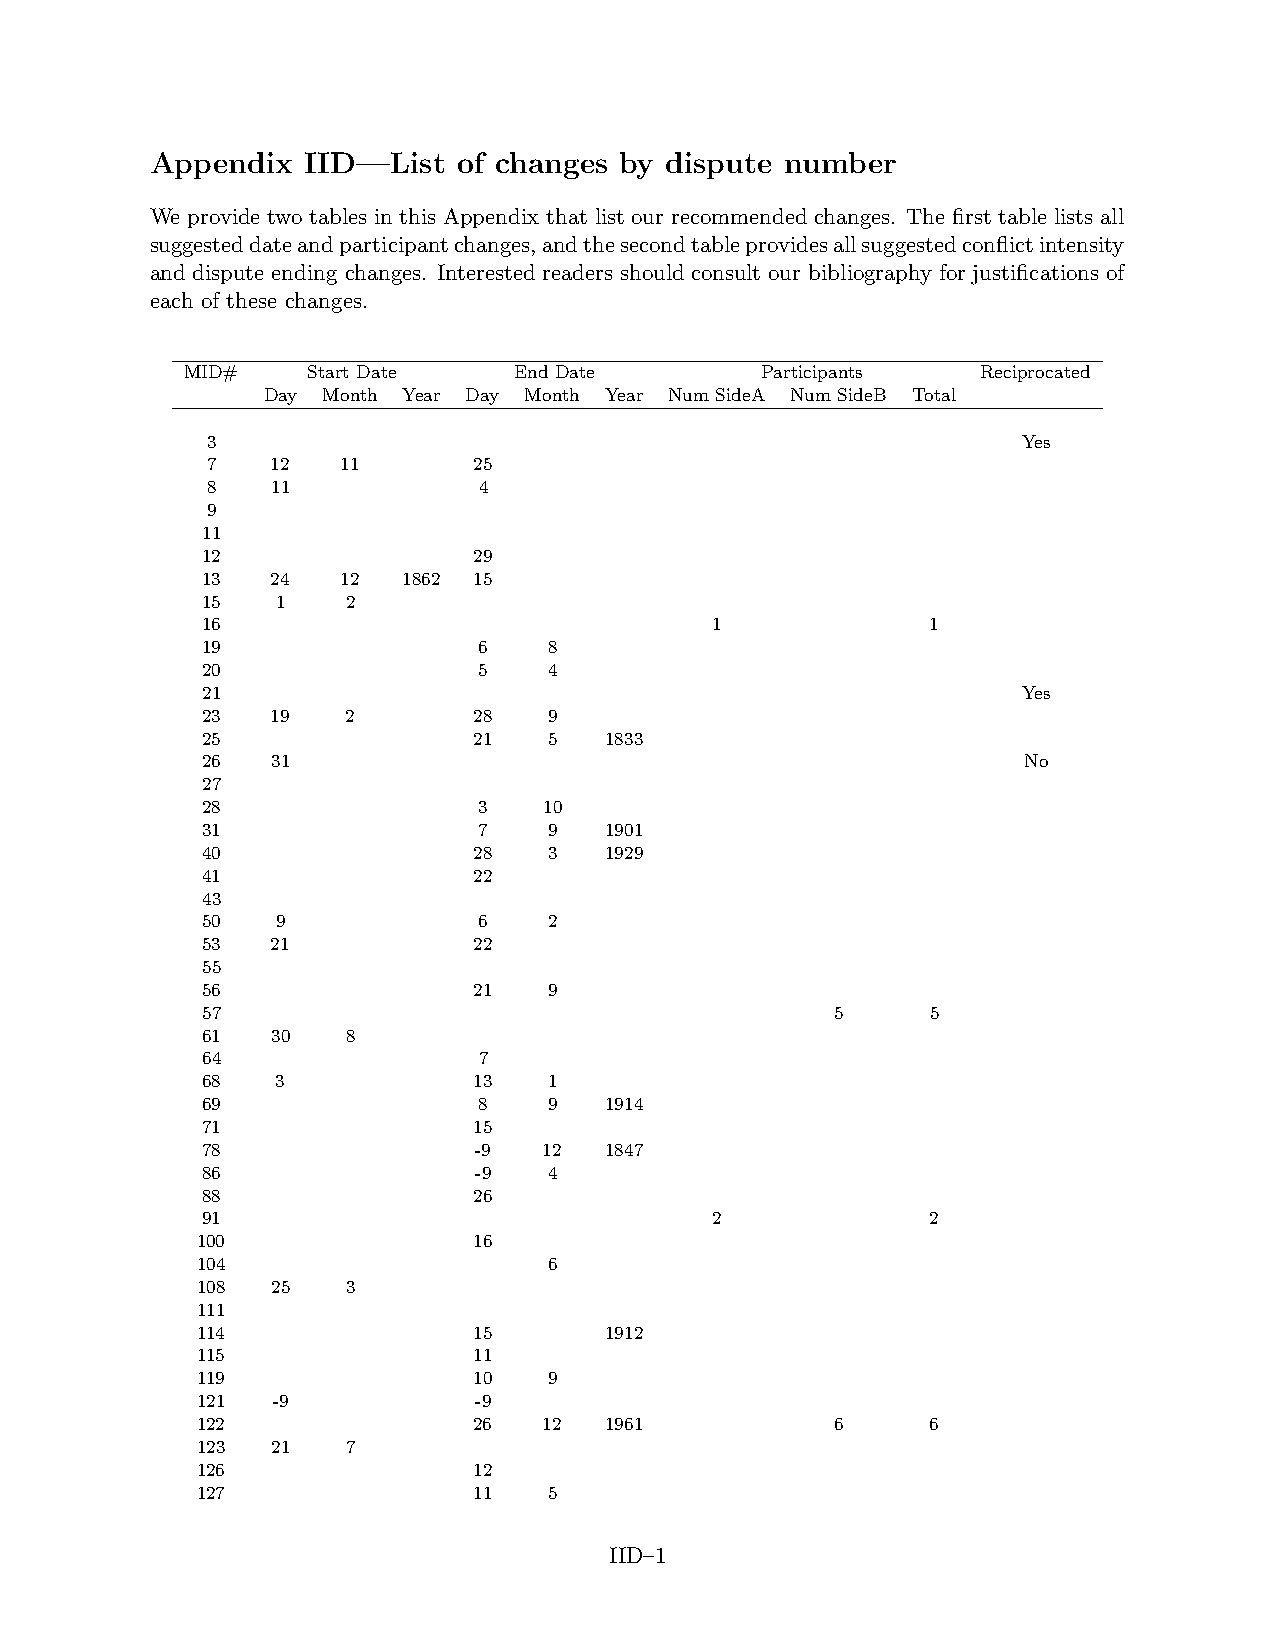
Appendix  IID—List  of changes by dispute number
 We provide two tables in this Appendix that list our recommended changes. The first table lists all
 suggesteddateandparticipantchanges,andthesecondtableprovidesallsuggestedconflictintensity
 and dispute ending changes. Interested readers should consult our bibliography for justifications of
 each of these changes.
 MID#    Start Date    End Date        Participants   Reciprocated
 Day Month Year Day Month Year Num SideA Num SideB Total
 3                                                     Yes
 7   12   11      25
 8   11            4
 9
 11
 12                29
 13   24   12  1862 15
 15   1    2
 16                                1              1
 19                 6   8
 20                 5   4
 21                                                     Yes
 23   19   2       28   9
 25                21   5   1833
 26   31                                                No
 27
 28                 3   10
 31                 7   9   1901
 40                28   3   1929
 41                22
 43
 50   9             6   2
 53   21           22
 55
 56                21   9
 57                                        5      5
 61   30   8
 64                 7
 68   3            13   1
 69                 8   9   1914
 71                15
 78                -9   12  1847
 86                -9   4
 88                26
 91                                2              2
 100               16
 104                    6
 108  25   3
 111
 114               15       1912
 115               11
 119               10   9
 121  -9           -9
 122               26   12  1961           6      6
 123  21   7
 126               12
 127               11   5
 IID–1